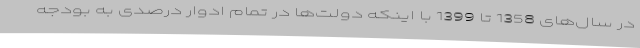
در سال‌های 1358 تا 1399 با اینکه دولت‌ها در تمام ادوار درصدی به بودجه